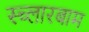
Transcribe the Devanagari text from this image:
स्च्लारबाम